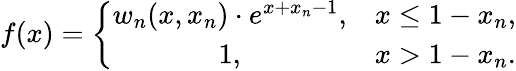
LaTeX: f(x)=\left\lbrace\begin{array}{cc}{w_{n}(x,x_{n})\cdot e^{x+x_{n}-1},}&{x\leq 1-x_{n},}\\ {1,}&{x>1-x_{n}.}\end{array}\right.